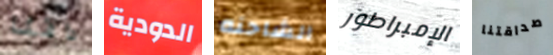
دافئا الدودية الشاحنه الإمبراطور صداقتنا